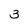
Character: 3